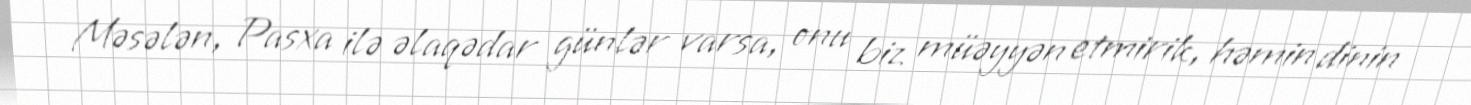
Məsələn, Pasxa ilə əlaqədar günlər varsa, onu biz müəyyən etmirik, həmin dinin